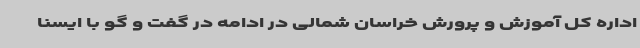
اداره کل آموزش و پرورش خراسان شمالی در ادامه در گفت و گو با ایسنا